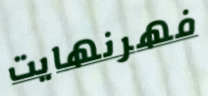
فهرنهايت